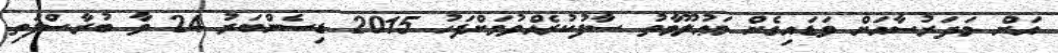
އަށް މަދަރުސާއަށް ވަޑައިގެން މަޢުލޫމާތު ސާފުކުރެއްވުމަށްފަހު 2015 ޑިސެންބަރު 24 ވާ ބުރާސްފަތި